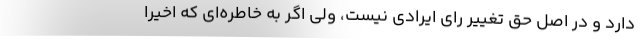
دارد و در اصل حق تغییر رای ایرادی نیست، ولی اگر به خاطره‌ای که اخیرا